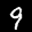
Label: 9